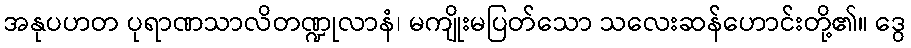
အနုပဟတ ပုရာဏသာလိတဏ္ဍုလာနံ၊ မကျိုးမပြတ်သော သလေးဆန်ဟောင်းတို့၏။ ဒွေ